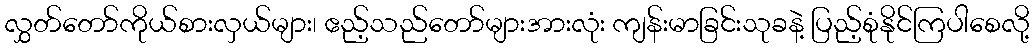
လွှတ်တော်ကိုယ်စားလှယ်များ၊ ဧည့်သည်တော်များအားလုံး ကျန်းမာခြင်းသုခနဲ့ ပြည့်စုံနိုင်ကြပါစေလို့